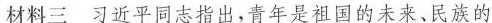
材料三 习近平同志指出，青年是祖国的未来、民族的